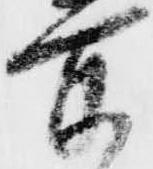
所